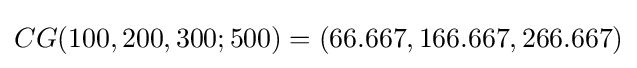
CG(100,200,300;500)=(66.667,166.667,266.667)